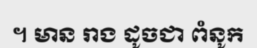
។ មាន រាង ដូចជា ពំនូក